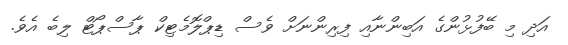
އަދި މި ބޭފުޅުންގެ އަބިންނާއި ފިރިންނަށް ވެސް ޑިޕްލޮމެޓިކް ޕާސްޕޯޓް ލިބެ އެވެ.